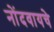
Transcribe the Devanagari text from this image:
नोंदवायचेे